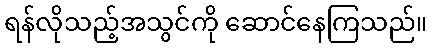
ရန်လိုသည့်အသွင်ကို ဆောင်နေကြသည်။